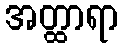
အတ္ထာရာ